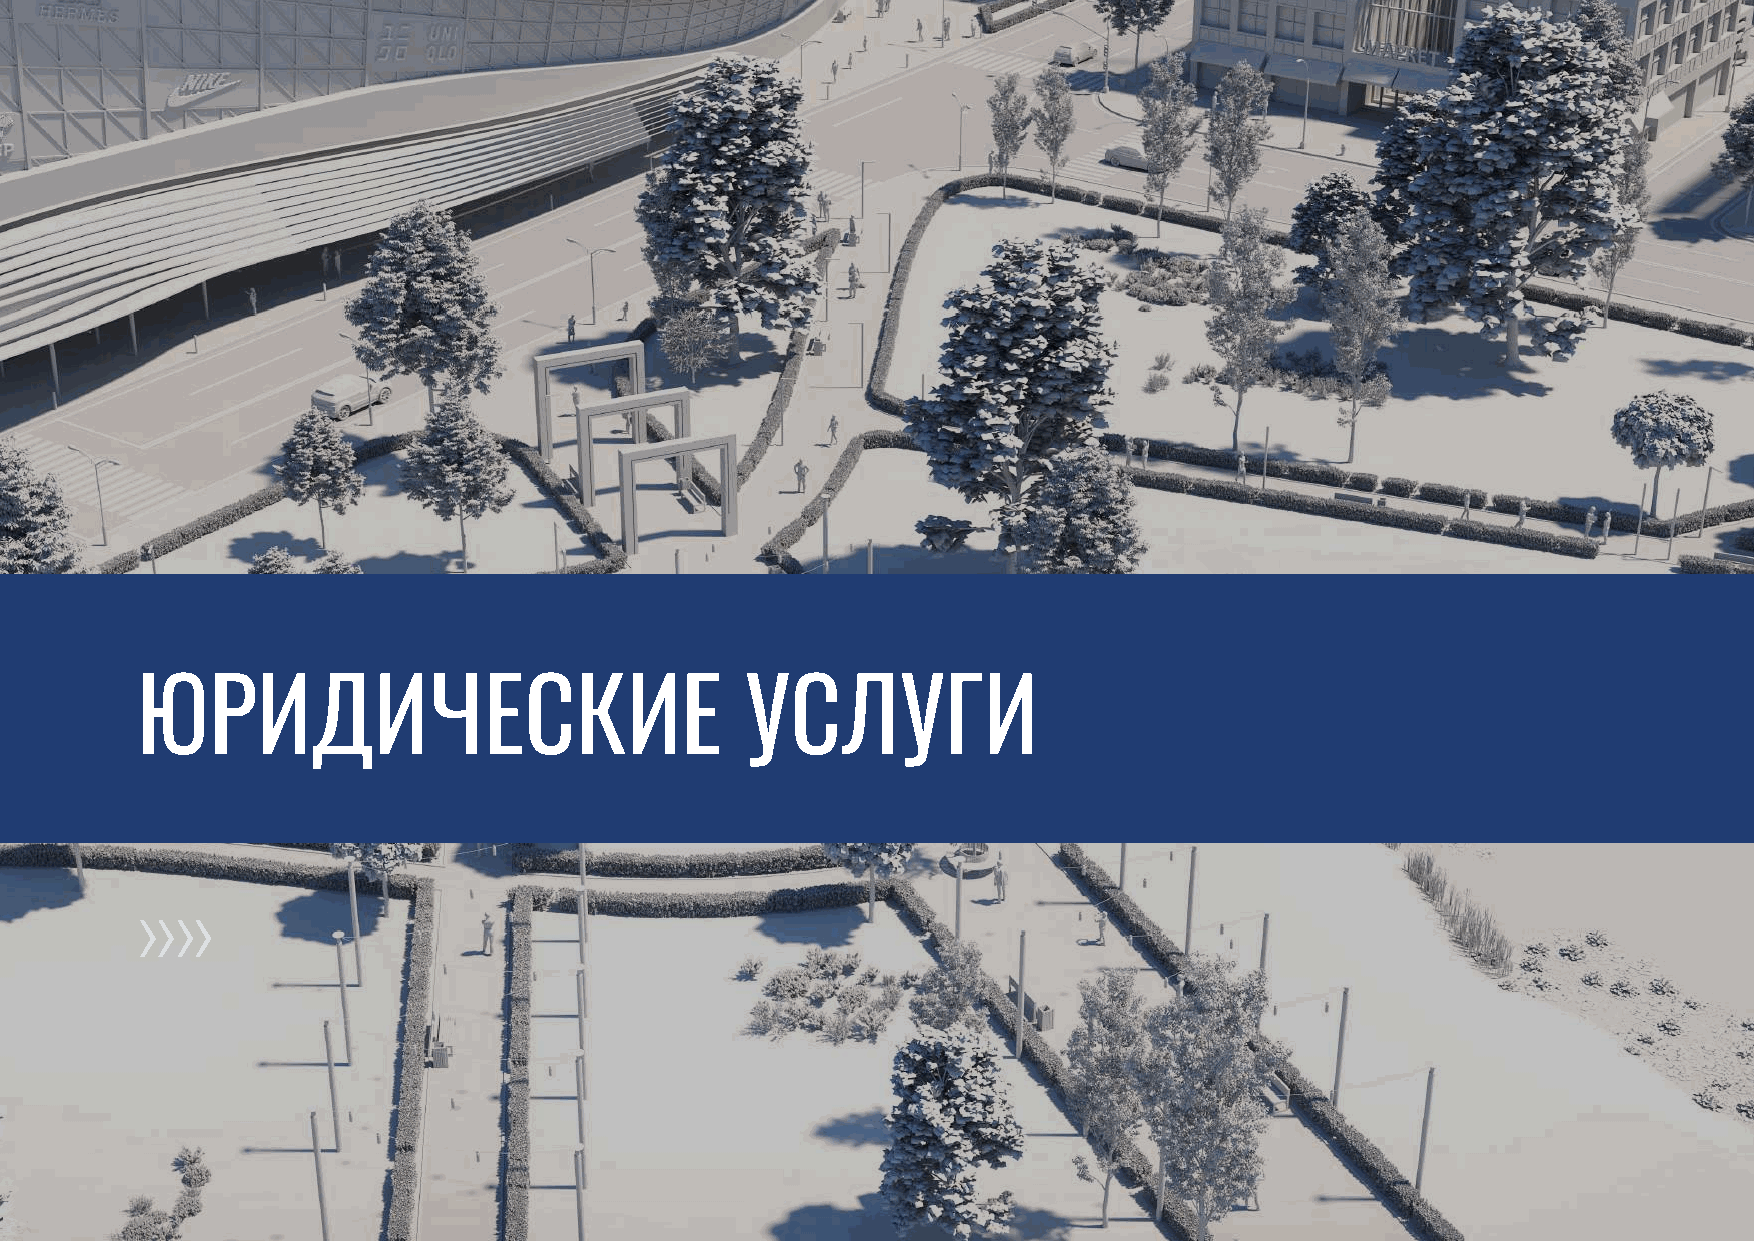
ЮРИДИЧЕСКИЕ                             УСЛУГИ
 Атлант Оценка I 103